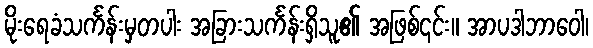
မိုးရေခံသင်္ကန်းမှတပါး အခြားသင်္ကန်းရှိသူ၏ အဖြစ်၎င်း။ အာပဒါဘာဝေါ၊